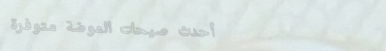
أحدث صيحات الموضة متوفرة